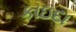
કાઇદા